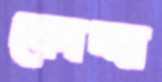
কোদ্দা